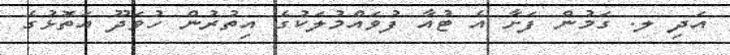
އަދި ލ. ގަމުން ފަށާ އެ ޓުއާ ފުވައްމުލަކުގެ އިތުރުން ހުވަދޫ އަތޮޅުގެ